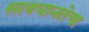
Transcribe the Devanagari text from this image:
सावधानतेचा